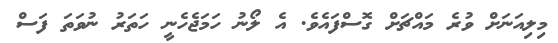
މިލިއަނަށް ވުރެ މައްޗަށް ގޮސްފައެވެ. އެ ލޯނު ހަމަޖެހެނީ ހަތަރު ނުވަތަ ފަސް